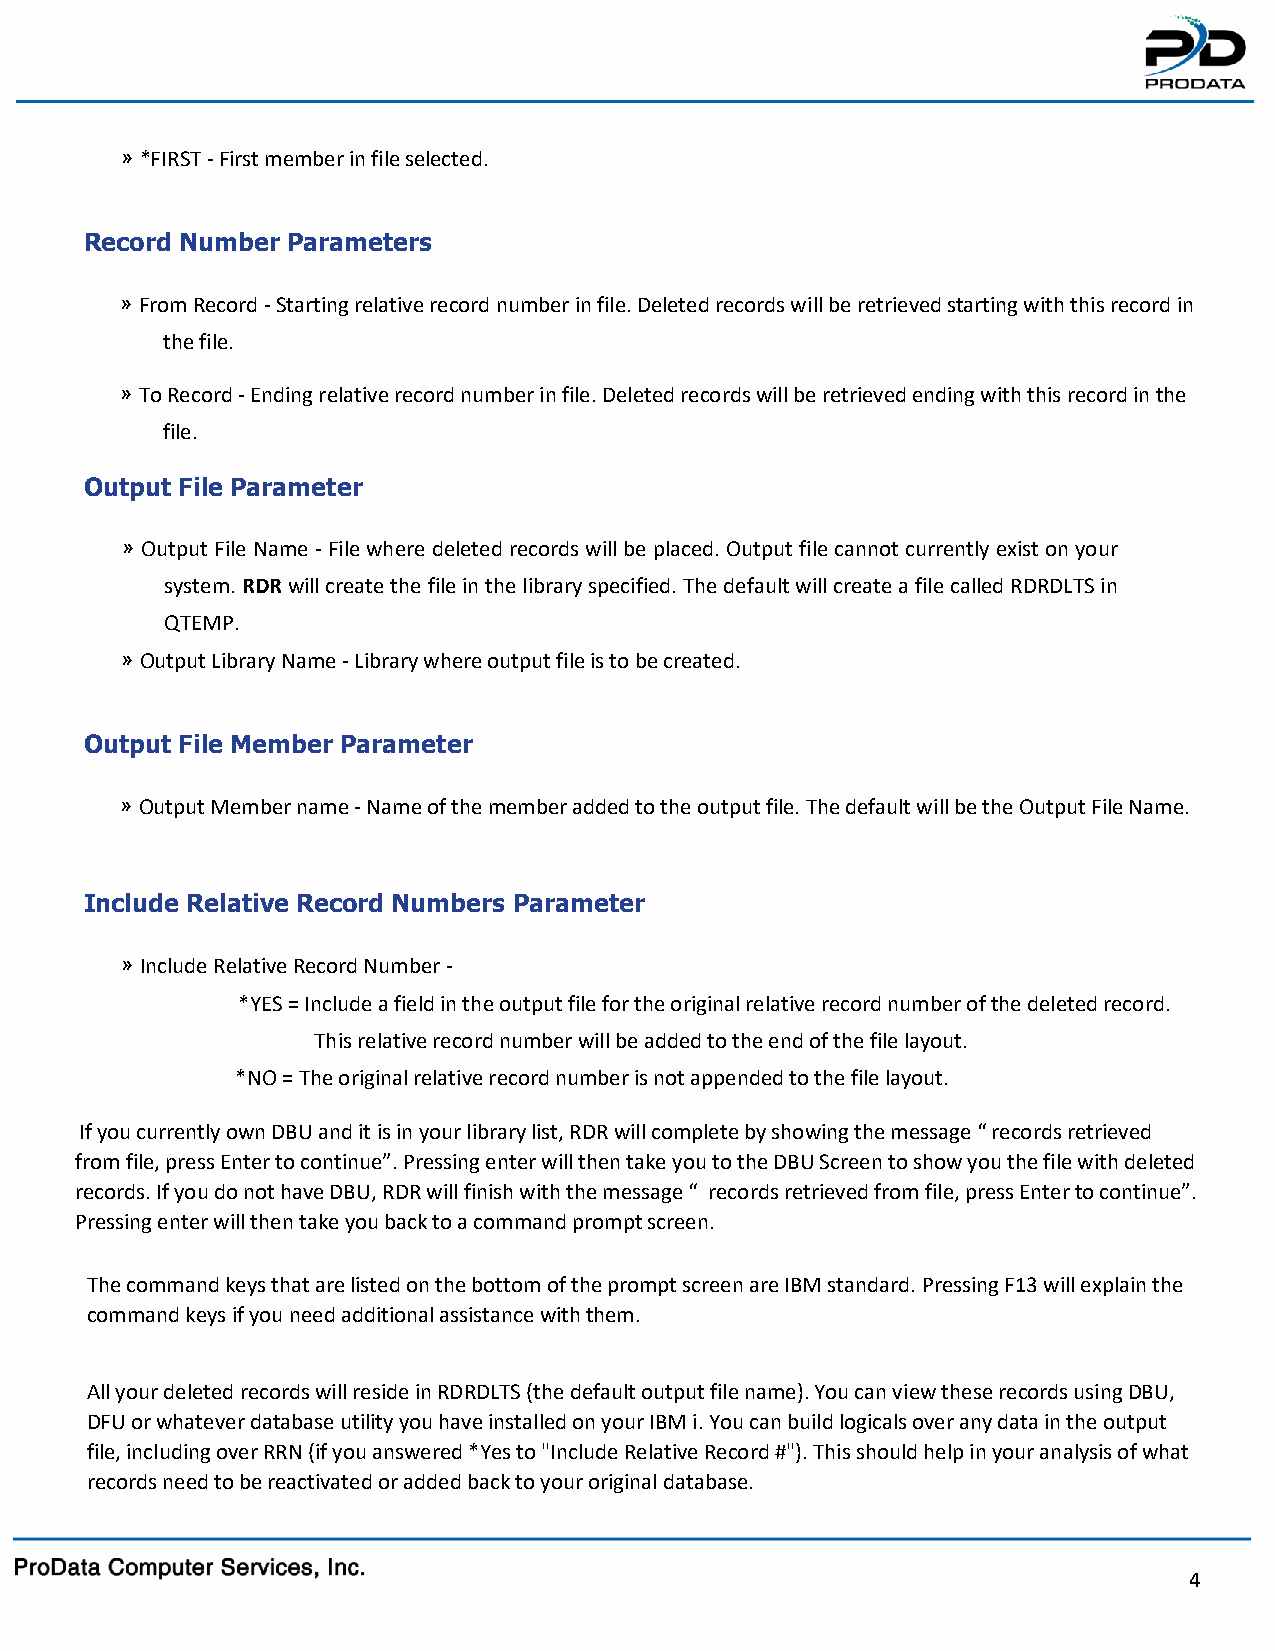
» *FIRST - First member in file selected.
 Record Number Parameters
 » From Record - Starting relative record number in file. Deleted records will be retrieved starting with this record in
 the file.
 » To Record - Ending relative record number in file. Deleted records will be retrieved ending with this record in the
 file.
 Output File Parameter
 » Output File Name - File where deleted records will be placed. Output file cannot currently exist on your
 system. RDR will create the file in the library specified. The default will create a file called RDRDLTS in
 QTEMP.
 » Output Library Name - Library where output file is to be created.
 Output File Member Parameter
 » Output Member name - Name of the member added to the output file. The default will be the Output File Name.
 Include Relative Record Numbers Parameter
 » Include Relative Record Number -
 *YES = Include a field in the output file for the original relative record number of the deleted record.
 This relative record number will be added to the end of the file layout.
 *NO = The original relative record number is not appended to the file layout.
 If you currently own DBU and it is in your library list, RDR will complete by showing the message “ records retrieved
 from file, press Enter to continue”. Pressing enter will then take you to the DBU Screen to show you the file with deleted
 records. If you do not have DBU, RDR will finish with the message “ records retrieved from file, press Enter to continue”.
 Pressing enter will then take you back to a command prompt screen.
 The command keys that are listed on the bottom of the prompt screen are IBM standard. Pressing F13 will explain the
 command keys if you need additional assistance with them.
 All your deleted records will reside in RDRDLTS (the default output file name). You can view these records using DBU,
 DFU or whatever database utility you have installed on your IBM i. You can build logicals over any data in the output
 file, including over RRN (if you answered *Yes to "Include Relative Record #"). This should help in your analysis of what
 records need to be reactivated or added back to your original database.
 4